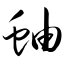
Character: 蚰